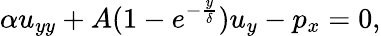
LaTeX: \alpha u_{yy}+A(1-e^{-\frac{y}{\delta}})u_{y}-p_{x}=0,